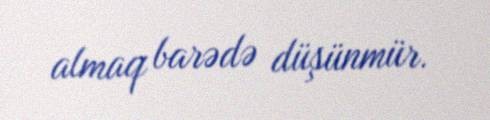
almaq barədə düşünmür.